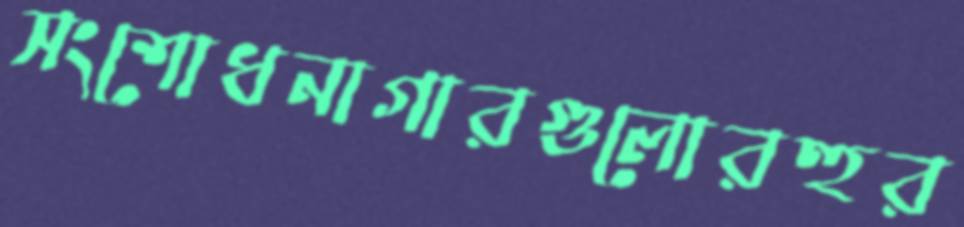
সংশোধনাগারগুলোরহুর